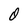
Character: 0